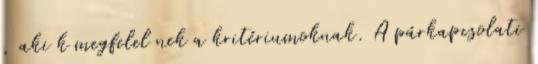
, aki k megfelel nek a kritériumoknak. A párkapcsolati